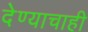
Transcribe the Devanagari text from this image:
देण्याचाही